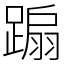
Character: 𨃩